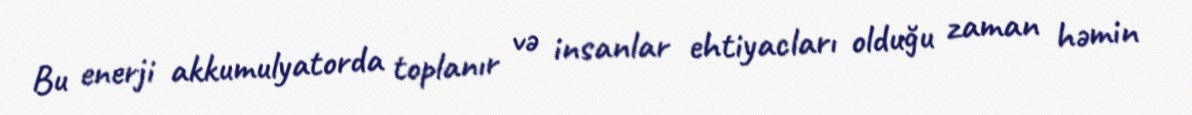
Bu enerji akkumulyatorda toplanır və insanlar ehtiyacları olduğu zaman həmin